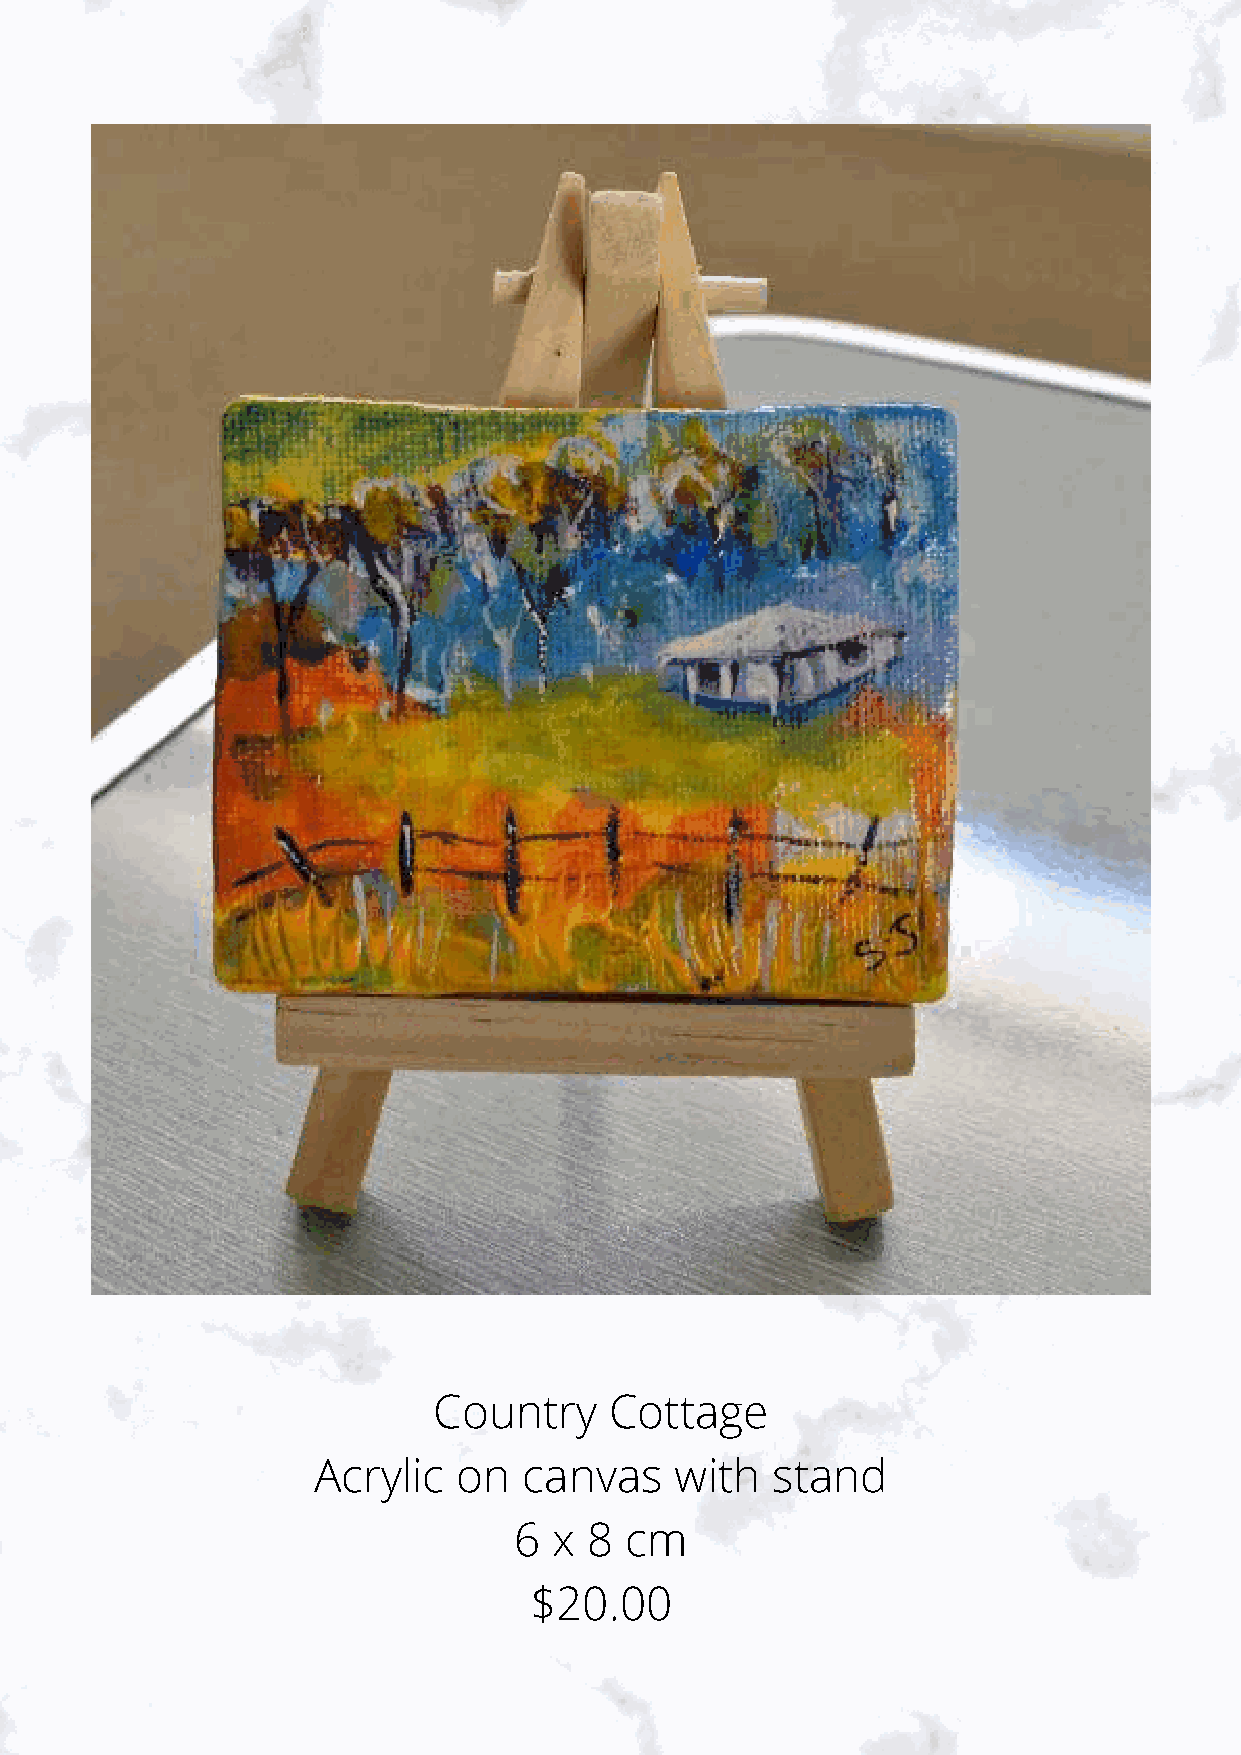
Country    Cottage
 Acrylic  on   canvas    with  stand
 6  x 8 cm
 $20.00